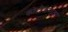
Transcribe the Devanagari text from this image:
कोटीक्रमाला